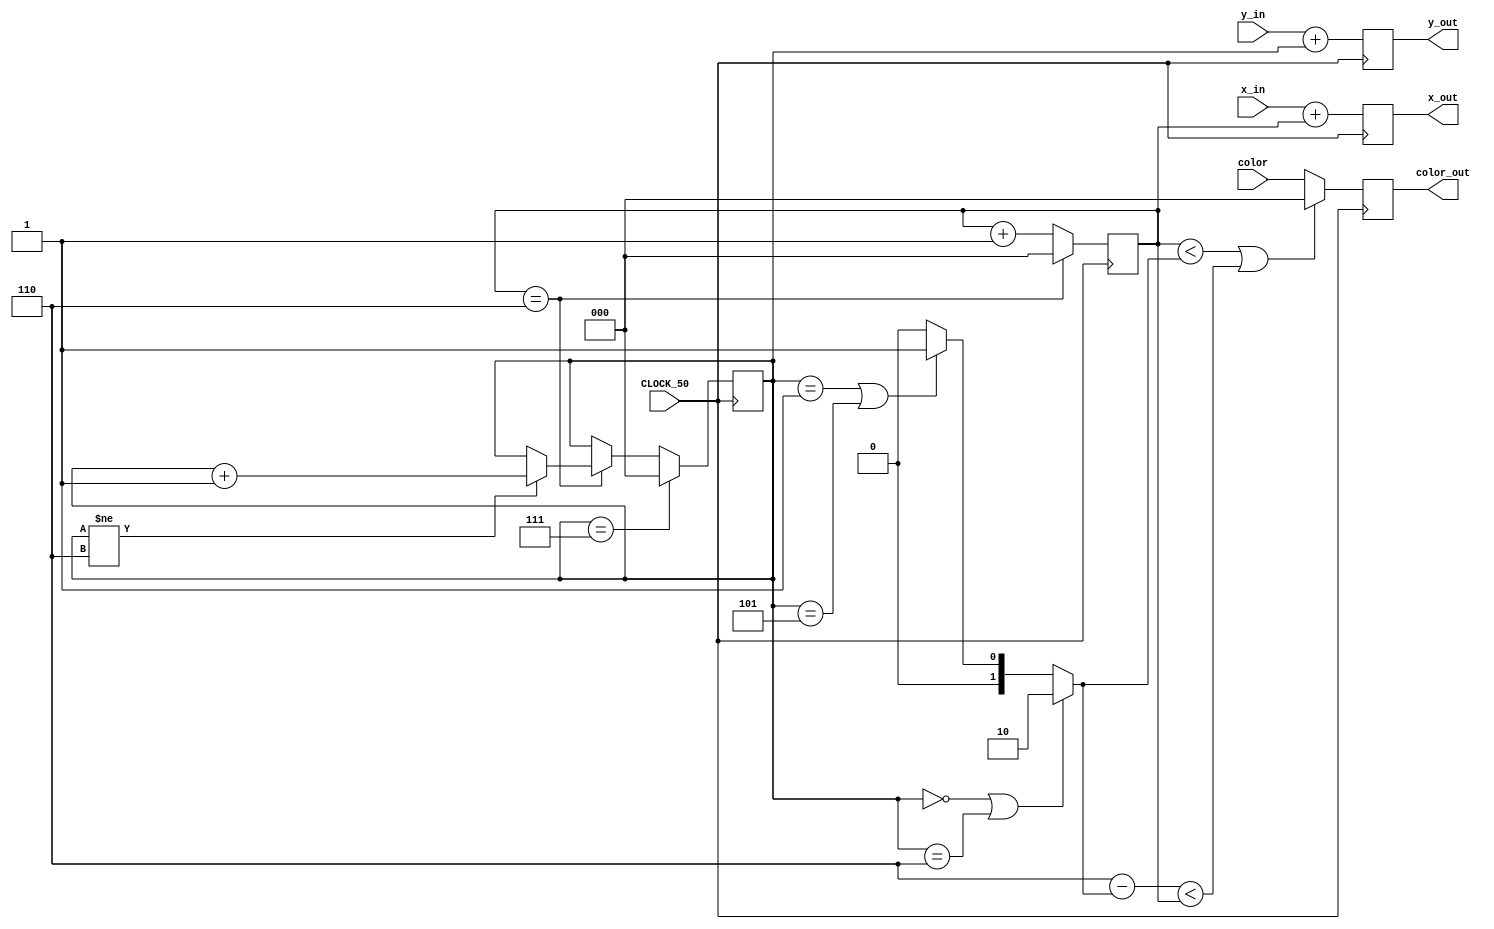
module Draw_circle(x_in,y_in,color,CLOCK_50,x_out,y_out,color_out);
	input CLOCK_50;
	input [7:0]x_in;
	input [6:0]y_in;
	input [2:0]color;
	output reg [7:0]x_out;
	output reg [6:0]y_out;
	output reg [2:0]color_out;

	reg [2:0]count_x;
	reg [2:0]count_y;
	reg [1:0]width;

	always@(posedge CLOCK_50)
		begin	
			
			if(count_y==3'b000|count_y==3'b110)
				width = 2'b10;
			else if(count_y==3'b001|count_y==3'b101)
				width = 2'b01;
			else
				width = 2'b00;
				
			if ((count_x < width)|((3'b110-width)<count_x))
				color_out = 3'b000;
			else
				color_out = color;

				
			x_out[7:0] = x_in[7:0] + count_x[2:0];
			y_out[6:0] = y_in[6:0] + count_y[2:0];
				
				
			//////	

			if(count_x==3'b110)
			begin
				count_x<=0;
				if(count_y!=3'b110)
					count_y<=count_y+1;
			end
			else 
				count_x<=count_x+1;
			 
			if(count_y==3'b111)
				count_y<=0;
						
			
			/////
				
				

		end
endmodule